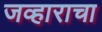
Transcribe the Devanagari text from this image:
जव्हाराचा